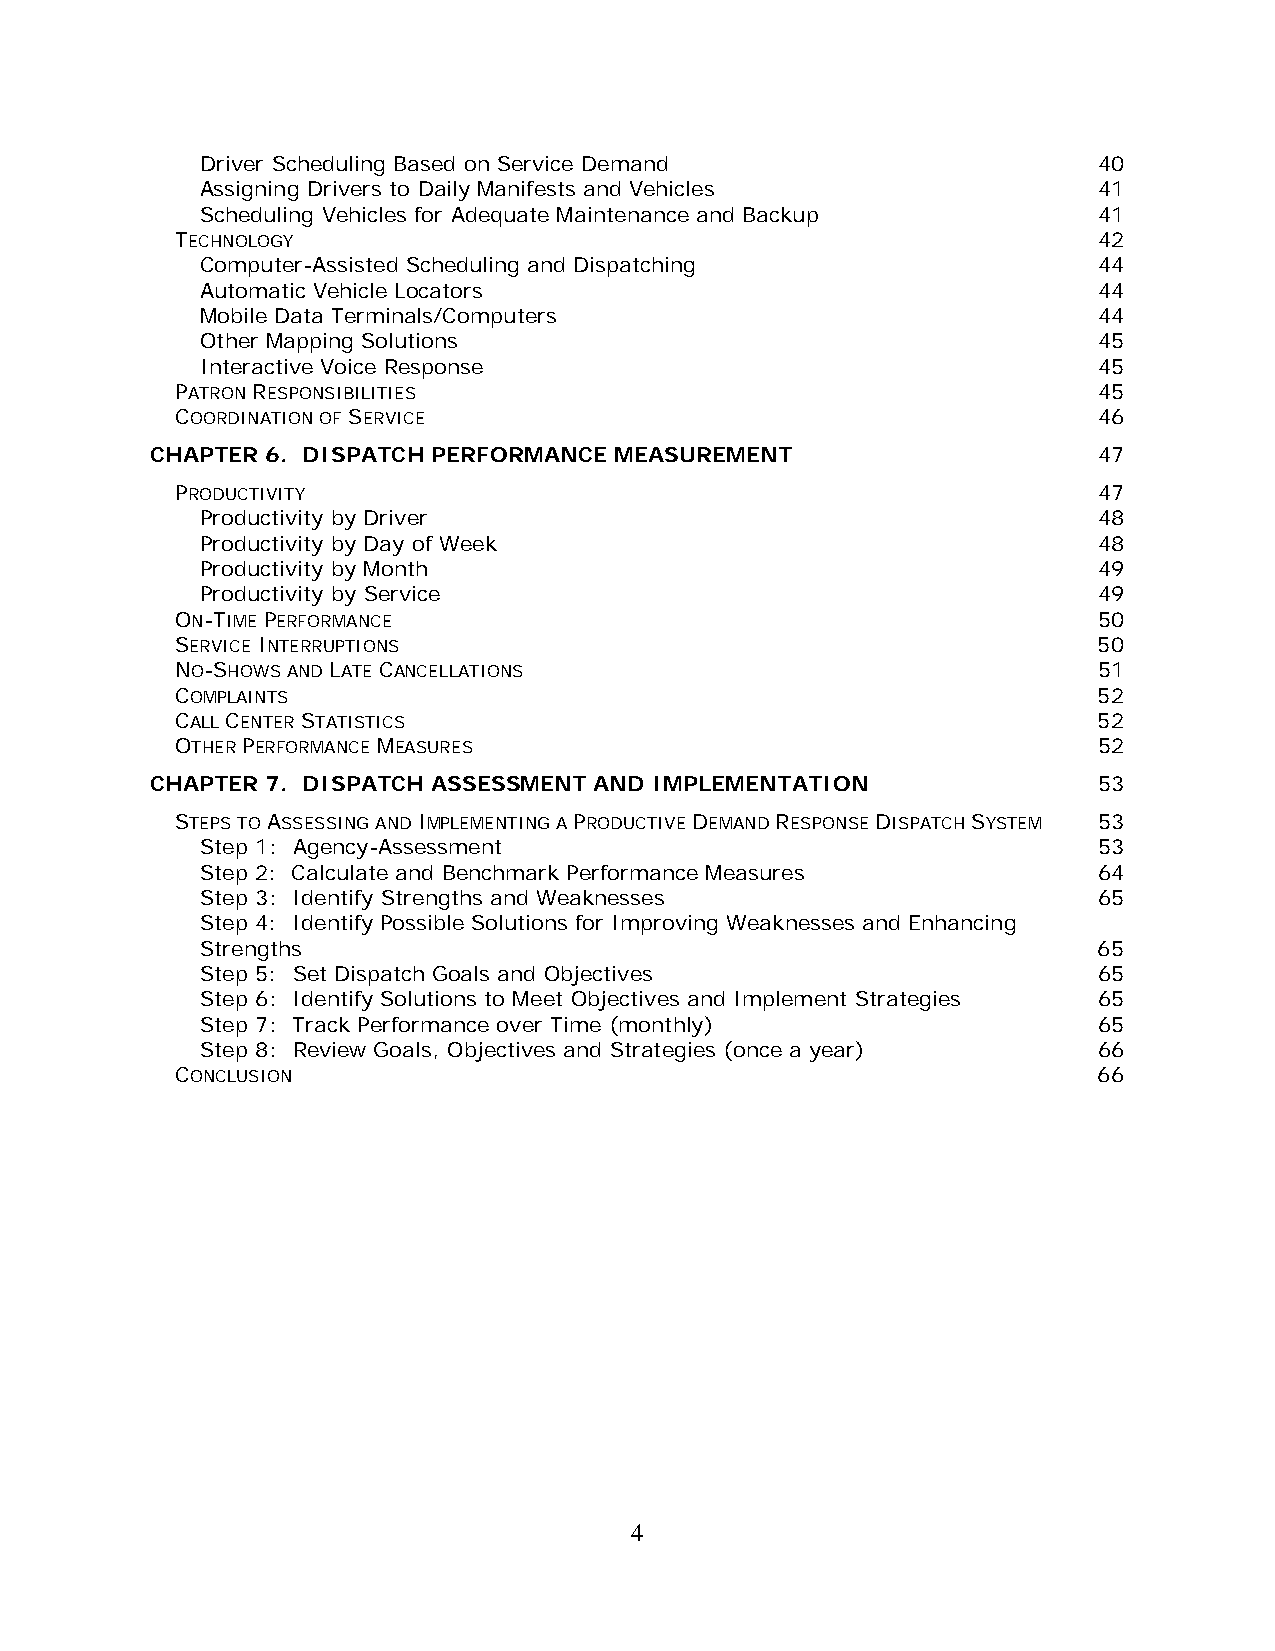
Driver Scheduling Based on Service Demand                   40
 Assigning Drivers to Daily Manifests and Vehicles           41
 Scheduling Vehicles for Adequate Maintenance and Backup     41
 TECHNOLOGY                                                   42
 Computer-Assisted Scheduling and Dispatching                44
 Automatic Vehicle Locators                                  44
 Mobile Data Terminals/Computers                             44
 Other Mapping Solutions                                     45
 Interactive Voice Response                                  45
 PATRON RESPONSIBILITIES                                      45
 COORDINATION OF SERVICE                                      46
 CHAPTER 6. DISPATCH PERFORMANCE MEASUREMENT                    47
 PRODUCTIVITY                                                 47
 Productivity by Driver                                      48
 Productivity by Day of Week                                 48
 Productivity by Month                                       49
 Productivity by Service                                     49
 ON-TIME PERFORMANCE                                          50
 SERVICE INTERRUPTIONS                                        50
 NO-SHOWS AND LATE CANCELLATIONS                              51
 COMPLAINTS                                                   52
 CALL CENTER STATISTICS                                       52
 OTHER PERFORMANCE MEASURES                                   52
 CHAPTER 7. DISPATCH ASSESSMENT AND IMPLEMENTATION              53
 STEPS TO ASSESSING AND IMPLEMENTING A PRODUCTIVE DEMAND RESPONSE DISPATCH SYSTEM 53
 Step 1: Agency-Assessment                                   53
 Step 2: Calculate and Benchmark Performance Measures        64
 Step 3: Identify Strengths and Weaknesses                   65
 Step 4: Identify Possible Solutions for Improving Weaknesses and Enhancing
 Strengths                                                   65
 Step 5: Set Dispatch Goals and Objectives                   65
 Step 6: Identify Solutions to Meet Objectives and Implement Strategies 65
 Step 7: Track Performance over Time (monthly)               65
 Step 8: Review Goals, Objectives and Strategies (once a year) 66
 CONCLUSION                                                   66
 4